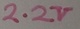
Text: 2.2K